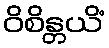
ဝိစိန္တယိံ